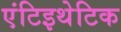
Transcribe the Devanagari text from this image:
एंटिइथेटिक